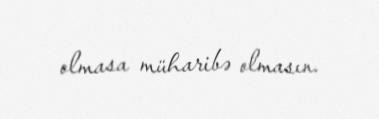
olmasa müharibə olmasın.